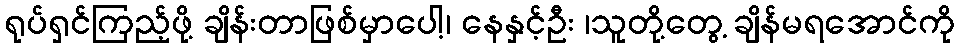
ရုပ်ရှင်ကြည့်ဖို့ ချိန်းတာဖြစ်မှာပေါ့၊ နေနှင့်ဦး ၊သူတို့တွေ့ ချိန်မရအောင်ကို